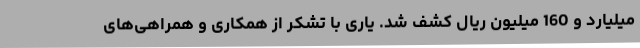
میلیارد و 160 میلیون ریال کشف شد. یاری با تشکر از همکاری و همراهی‌های